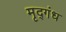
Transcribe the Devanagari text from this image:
मृद्गंध